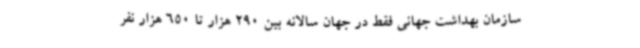
سازمان بهداشت جهانی فقط در جهان سالانه بین 290 هزار تا 650 هزار نفر